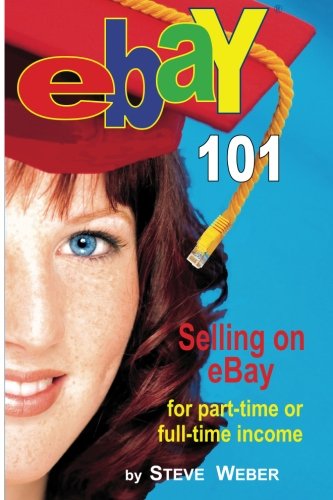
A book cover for eBay 101: Selling on eBay For Part-time or Full-time Income; Steve Weber; Computers & Technology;